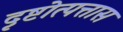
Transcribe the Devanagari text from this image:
दृष्टोत्पत्तास